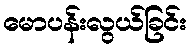
မောပန်းလွယ်ခြင်း